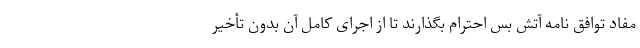
مفاد توافق نامه آتش بس احترام بگذارند تا از اجرای کامل آن بدون تأخیر